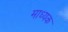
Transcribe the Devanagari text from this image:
माध्यक